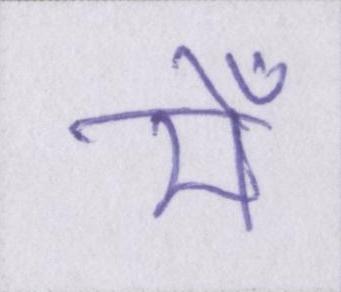
मेँ